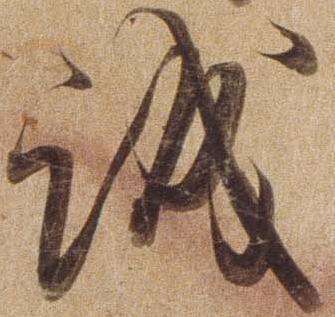
誠